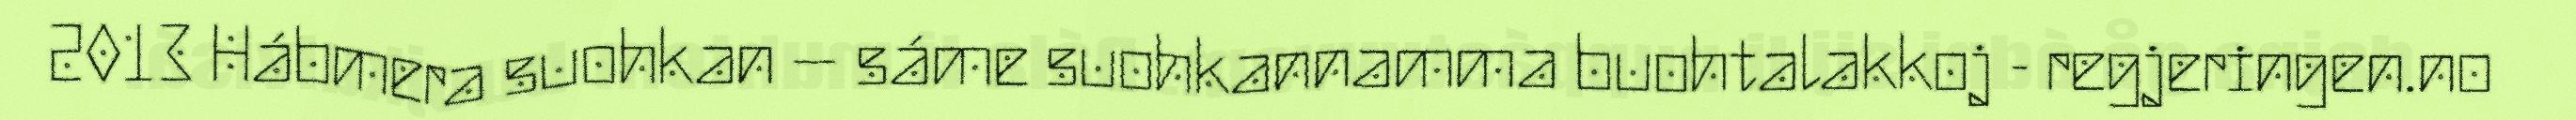
2013 Hábmera suohkan – sáme suohkannamma buohtalakkoj - regjeringen.no